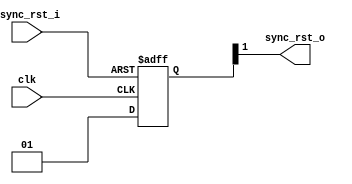
module areset_deassert_sync (
  input        clk,
  input        async_rst_i,
  output    sync_rst_o
);

  parameter CHAINS  = 2;   
  parameter RST_POL = 1;  

  
  reg [CHAINS-1:0] flipflops;

 
  always @(posedge clk, negedge async_rst_i) begin
    if (async_rst_i == RST_POL) begin
      flipflops <= {CHAINS{RST_POL}};
    end else begin
      flipflops <= {flipflops[CHAINS-2:0], ~RST_POL};
    end
  end

  
  assign sync_rst_o = flipflops[CHAINS-1];

  endmodule